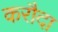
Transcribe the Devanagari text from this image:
करौदा